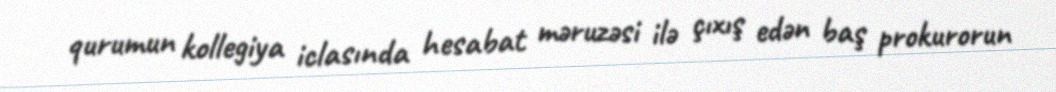
qurumun kollegiya iclasında hesabat məruzəsi ilə çıxış edən baş prokurorun